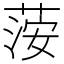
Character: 𦴴